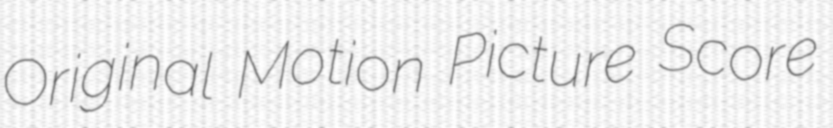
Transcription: Original Motion Picture Score